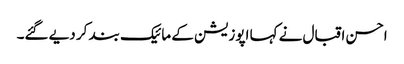
احسن اقبال نے کہا اپوزیشن کے مائیک بند کر دیے گئے۔